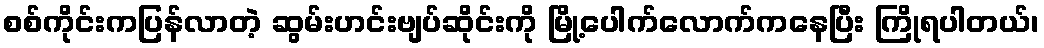
စစ်ကိုင်းကပြန်လာတဲ့ ဆွမ်းဟင်းဗျပ်ဆိုင်းကို မြို့ပေါက်လောက်ကနေပြီး ကြိုရပါတယ်၊